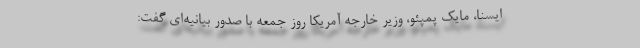
ایسنا، مایک پمپئو، وزیر خارجه آمریکا روز جمعه با صدور بیانیه‌ای گفت: